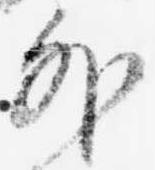
外